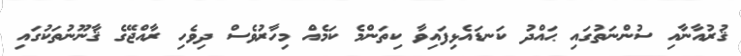
ޤުރުއާނާއި ސުންނަތުގައި ޙައްދު ކަނޑައެޅިފައިވާ ކިތަންމެ ކަމެއް މިހާރުވެސް ދިވެހި ރާއްޖޭގެ ޤާނޫނުތަކުގައި